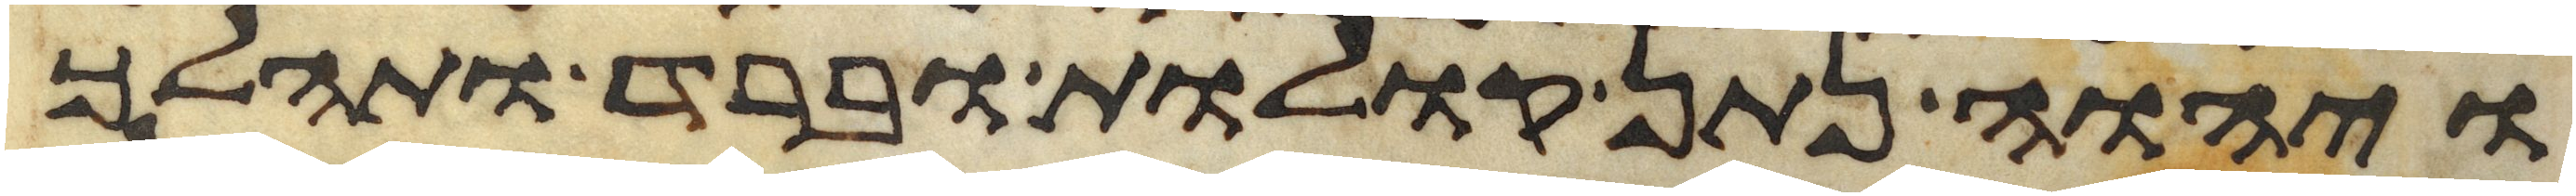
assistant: ויהוה נתן קולות וברד ותהלך